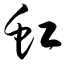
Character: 虹